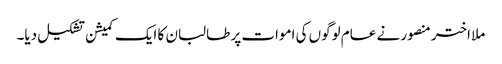
ملا اختر منصور نے عام لوگوں کی اموات پر طالبان کا ایک کمیشن تشکیل دیا۔